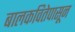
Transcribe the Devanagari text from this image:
बालकवितेपासून